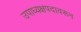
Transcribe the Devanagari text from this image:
उपाध्यक्षपदावरून